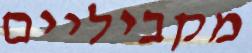
מקביליים